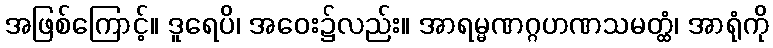
အဖြစ်ကြောင့်။ ဒူရေပိ၊ အဝေး၌လည်း။ အာရမ္မဏဂ္ဂဟဏသမတ္ထံ၊ အာရုံကို